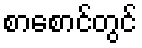
စာစောင်တွင်